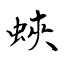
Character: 蛺